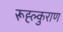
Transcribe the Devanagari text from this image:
रूह्ल्कुराण